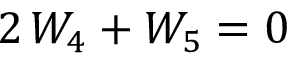
2 \, { \cal W } _ { 4 } + { \cal W } _ { 5 } = 0